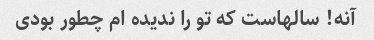
آنه! سالهاست که تو را ندیده ام چطور بودی